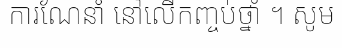
ការណែនាំ នៅលើកញ្ចប់ថ្នាំ ។ សូម